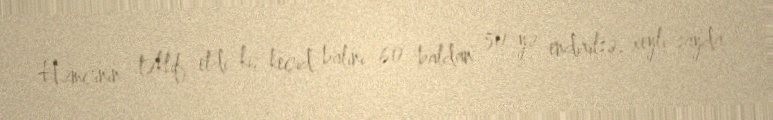
Həmçinin təklif etdi ki, keçid balını 60 baldan 50-yə endirilsə, xeyli sayda